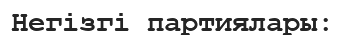
Негізгі партиялары: